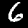
Digit: 6